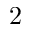
2